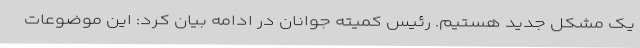
یک مشکل جدید هستیم. رئیس کمیته جوانان در ادامه بیان کرد: این موضوعات